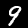
Digit: 9